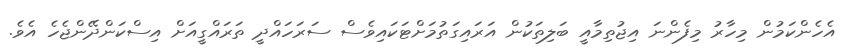
އެހެންކަމުން މިހާރު މިފެންނަ އިޖުތިމާއީ ބަލިތަކުން އަރައިގަތުމަށްޓަކައިވެސް ސަރަހައްދީ ތަރައްގީއަށް އިސްކަންދޭންޖެހެ އެވެ.